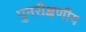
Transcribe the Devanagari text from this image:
पुनरीक्षणीय